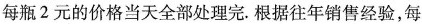
每瓶2元的价格当天全部处理完.根据往年销售经验，每